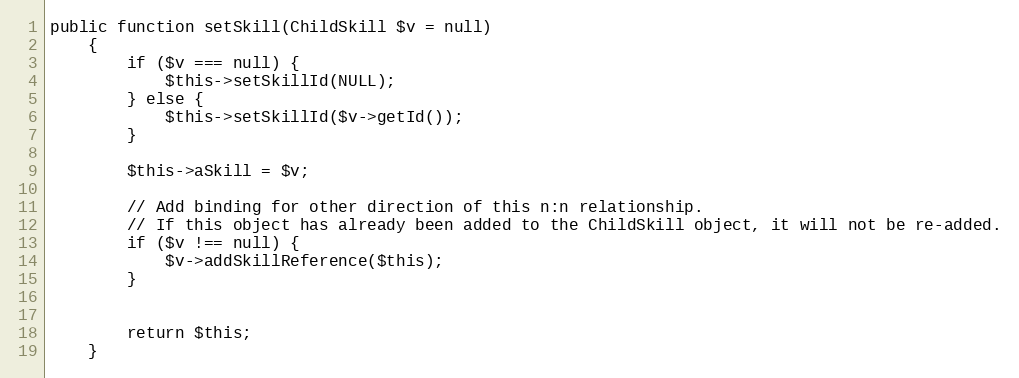
Language: PHP
public function setSkill(ChildSkill $v = null)
    {
        if ($v === null) {
            $this->setSkillId(NULL);
        } else {
            $this->setSkillId($v->getId());
        }

        $this->aSkill = $v;

        // Add binding for other direction of this n:n relationship.
        // If this object has already been added to the ChildSkill object, it will not be re-added.
        if ($v !== null) {
            $v->addSkillReference($this);
        }

        return $this;
    }